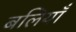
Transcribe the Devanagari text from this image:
बलियाँ